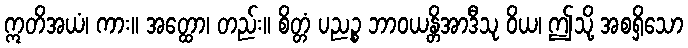
ဣတိအယံ၊ ကား။ အတ္ထော၊ တည်း။ စိတ္တံ ပညဉ္စ ဘာဝယန္တိအာဒီသု ဝိယ၊ ဤသို့ အစရှိသော